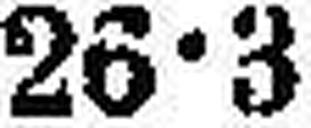
26•3